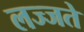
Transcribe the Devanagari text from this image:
लज्जते